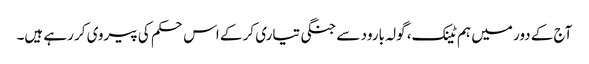
آج کے دور میں ہم ٹینک، گولہ بارود سے جنگی تیاری کر کے اس حکم کی پیروی کر رہے ہیں۔